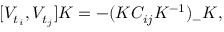
[ V _ { t _ { i } } , V _ { t _ { j } } ] K = - ( K C _ { i j } K ^ { - 1 } ) _ { - } K ,